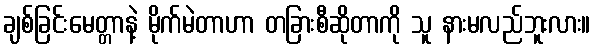
ချစ်ခြင်းမေတ္တာနဲ့ မိုက်မဲတာဟာ တခြားစီဆိုတာကို သူ နားမလည်ဘူးလား။